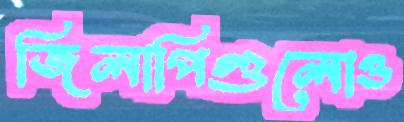
জিলাপিগুলোও